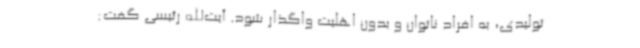
تولیدی، به افراد ناتوان و بدون اهلیت واگذار شود. آیت‌الله رئیسی گفت: